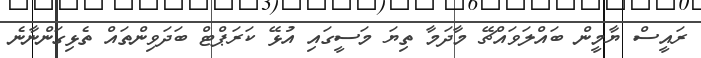
ރައީސް ޔާމީން ބައްލަވައްޗޭ މާދަމާ ތިޔަ މަސީގައި އުޅޭ ކަރަޕްޓް ބަދަވިންތައް ތެޅިގަންނާނެ